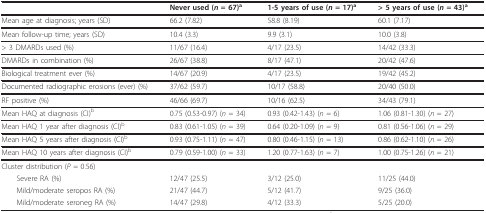
<table><thead><tr><td></td><td><b>Never used (<i>n </i>= 67)<sup>a</sup></b></td><td><b>1-5 years of use (<i>n </i>= 17)<sup>a</sup></b></td><td><b>&gt; 5 years of use (<i>n </i>= 43)<sup>a</sup></b></td></tr></thead><tbody><tr><td>Mean age at diagnosis; years (SD)</td><td>66.2 (7.82)</td><td>58.8 (8.19)</td><td>60.1 (7.17)</td></tr><tr><td>Mean follow-up time; years (SD)</td><td>10.4 (3.3)</td><td>9.9 (3.1)</td><td>10.0 (3.8)</td></tr><tr><td>&gt; 3 DMARDs used (%)</td><td>11/67 (16.4)</td><td>4/17 (23.5)</td><td>14/42 (33.3)</td></tr><tr><td>DMARDs in combination (%)</td><td>26/67 (38.8)</td><td>8/17 (47.1)</td><td>20/42 (47.6)</td></tr><tr><td>Biological treatment ever (%)</td><td>14/67 (20.9)</td><td>4/17 (23.5)</td><td>19/42 (45.2)</td></tr><tr><td>Documented radiographic erosions (ever) (%)</td><td>37/62 (59.7)</td><td>10/17 (58.8)</td><td>20/40 (50.0)</td></tr><tr><td>RF positive (%)</td><td>46/66 (69.7)</td><td>10/16 (62.5)</td><td>34/43 (79.1)</td></tr><tr><td>Mean HAQ at diagnosis (CI)<sup>b</sup></td><td>0.75 (0.53-0.97) (<i>n </i>= 34)</td><td>0.93 (0.42-1.43) (<i>n </i>= 6)</td><td>1.06 (0.81-1.30) (<i>n </i>= 27)</td></tr><tr><td>Mean HAQ 1 year after diagnosis (CI)<sup>b</sup></td><td>0.83 (0.61-1.05) (<i>n </i>= 39)</td><td>0.64 (0.20-1.09) (<i>n </i>= 9)</td><td>0.81 (0.56-1.06) (<i>n </i>= 29)</td></tr><tr><td>Mean HAQ 5 years after diagnosis (CI)<sup>b</sup></td><td>0.93 (0.75-1.11) (<i>n </i>= 47)</td><td>0.80 (0.46-1.15) (<i>n </i>= 13)</td><td>0.86 (0.62-1.10) (<i>n </i>= 26)</td></tr><tr><td>Mean HAQ 10 years after diagnosis (CI)<sup>b</sup></td><td>0.79 (0.59-1.00) (<i>n </i>= 33)</td><td>1.20 (0.77-1.63) (<i>n </i>= 7)</td><td>1.00 (0.75-1.26) (<i>n </i>= 21)</td></tr><tr><td>Cluster distribution (<i>P </i>= 0.56)</td><td></td><td></td><td></td></tr><tr><td> Severe RA (%)</td><td>12/47 (25.5)</td><td>3/12 (25.0)</td><td>11/25 (44.0)</td></tr><tr><td> Mild/moderate seropos RA (%)</td><td>21/47 (44.7)</td><td>5/12 (41.7)</td><td>9/25 (36.0)</td></tr><tr><td> Mild/moderate seroneg RA (%)</td><td>14/47 (29.8)</td><td>4/12 (33.3)</td><td>5/25 (20.0)</td></tr></tbody></table>